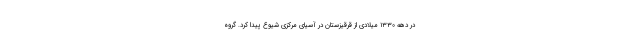
در دهه ۱۳۳۰ میلادی از قرقیزستان در آسیای مرکزی شیوع پیدا کرد. گروه